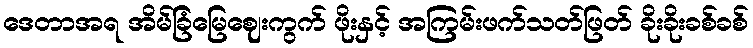
ဒေတာအရ အိမ်ခြံမြေဈေးကွက် ဖိုးနှင့် အကြမ်းဖက်သတ်ဖြတ် ခိုးခိုးခစ်ခစ်